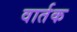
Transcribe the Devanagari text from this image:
वार्तक